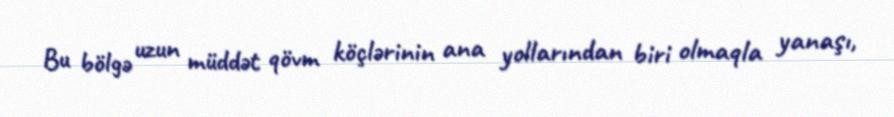
Bu bölgə uzun müddət qövm köçlərinin ana yollarından biri olmaqla yanaşı,